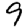
Digit: 9